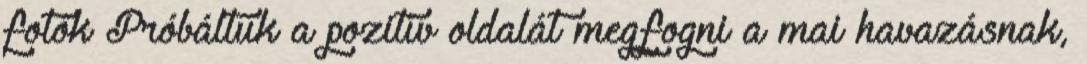
fotók Próbáltuk a pozitív oldalát megfogni a mai havazásnak,